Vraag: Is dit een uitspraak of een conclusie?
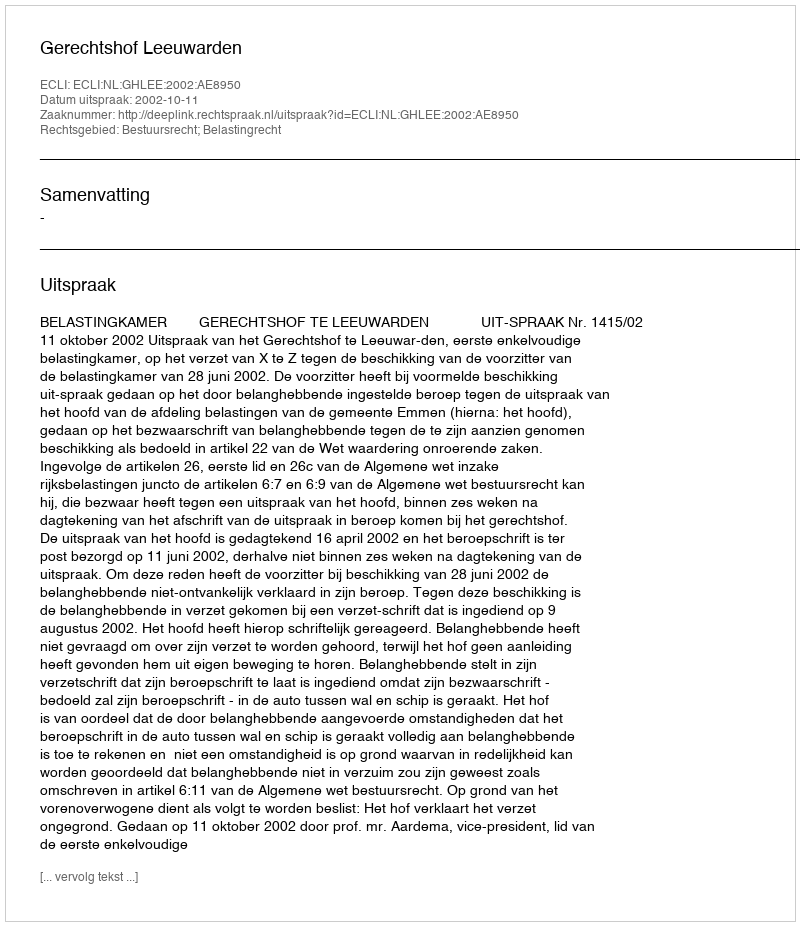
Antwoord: Uitspraak